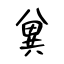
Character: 兾